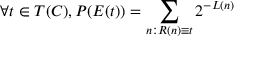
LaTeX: \forall t \in T ( C ) , P ( E ( t ) ) = \sum _ { n : R ( n ) \equiv t } 2 ^ { - L ( n ) }